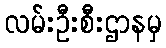
လမ်းဦးစီးဌာနမှ